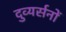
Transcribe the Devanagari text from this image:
दुव्यर्सनों